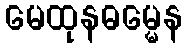
မေထုနဓမ္မေန